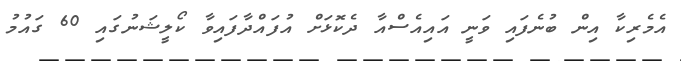
އެމެރިކާ އިން ބުނެފައި ވަނީ އައިއެސްއާ ދެކޮޅަށް އުފައްދާފައިވާ ކޯލީޝަނުގައި 60 ގައުމު